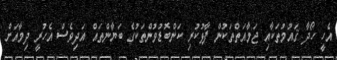
އެހީ ހޯދާ ޤައުމުތަކާއި ޖަމާއަތްތަކުން ފާޅުކުރި ކަންބޮޑުވުންތަކުގެ ބަޔާންތައް އަދިވެސް އެހުރީ ދިމާއަށް